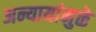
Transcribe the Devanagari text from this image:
अन्यायांमुळे